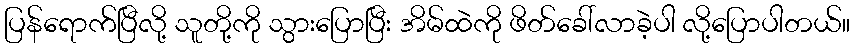
ပြန်ရောက်ပြီလို့ သူတို့ကို သွားပြောပြီး အိမ်ထဲကို ဖိတ်ခေါ်လာခဲ့ပါ လို့ပြောပါတယ်။